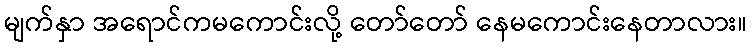
မျက်နှာ အရောင်ကမကောင်းလို့ တော်တော် နေမကောင်းနေတာလား။